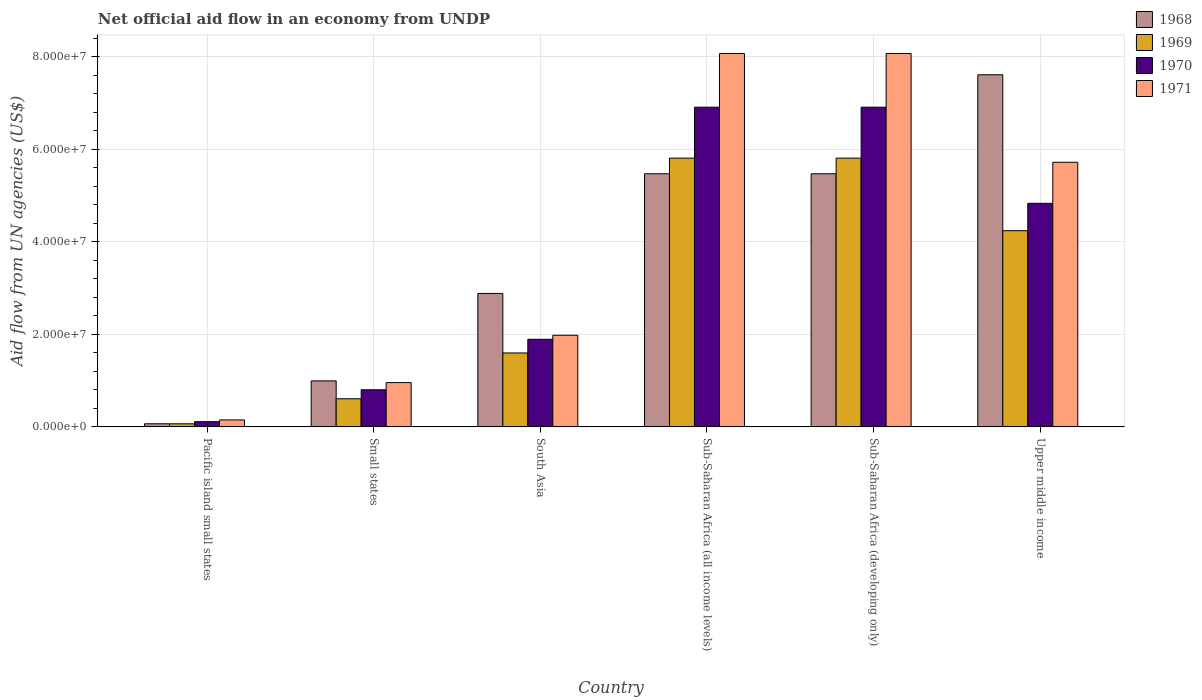
| Country | 1968 | 1969 | 1970 | 1971 |
 | --- | --- | --- | --- | --- |
 | Pacific island small states | 6.7e+05 | 6.6e+05 | 1.12e+06 | 1.5e+06 |
 | Small states | 9.94e+06 | 6.08e+06 | 8.02e+06 | 9.57e+06 |
 | South Asia | 2.88e+07 | 1.6e+07 | 1.89e+07 | 1.98e+07 |
 | Sub-Saharan Africa (all income levels) | 5.47e+07 | 5.81e+07 | 6.91e+07 | 8.07e+07 |
 | Sub-Saharan Africa (developing only) | 5.47e+07 | 5.81e+07 | 6.91e+07 | 8.07e+07 |
 | Upper middle income | 7.61e+07 | 4.24e+07 | 4.83e+07 | 5.72e+07 |